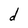
Character: d